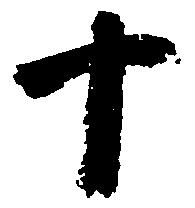
十